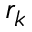
r _ { k }